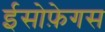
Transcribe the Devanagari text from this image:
ईसोफ़ेगस